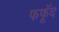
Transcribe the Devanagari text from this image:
फफूॅद